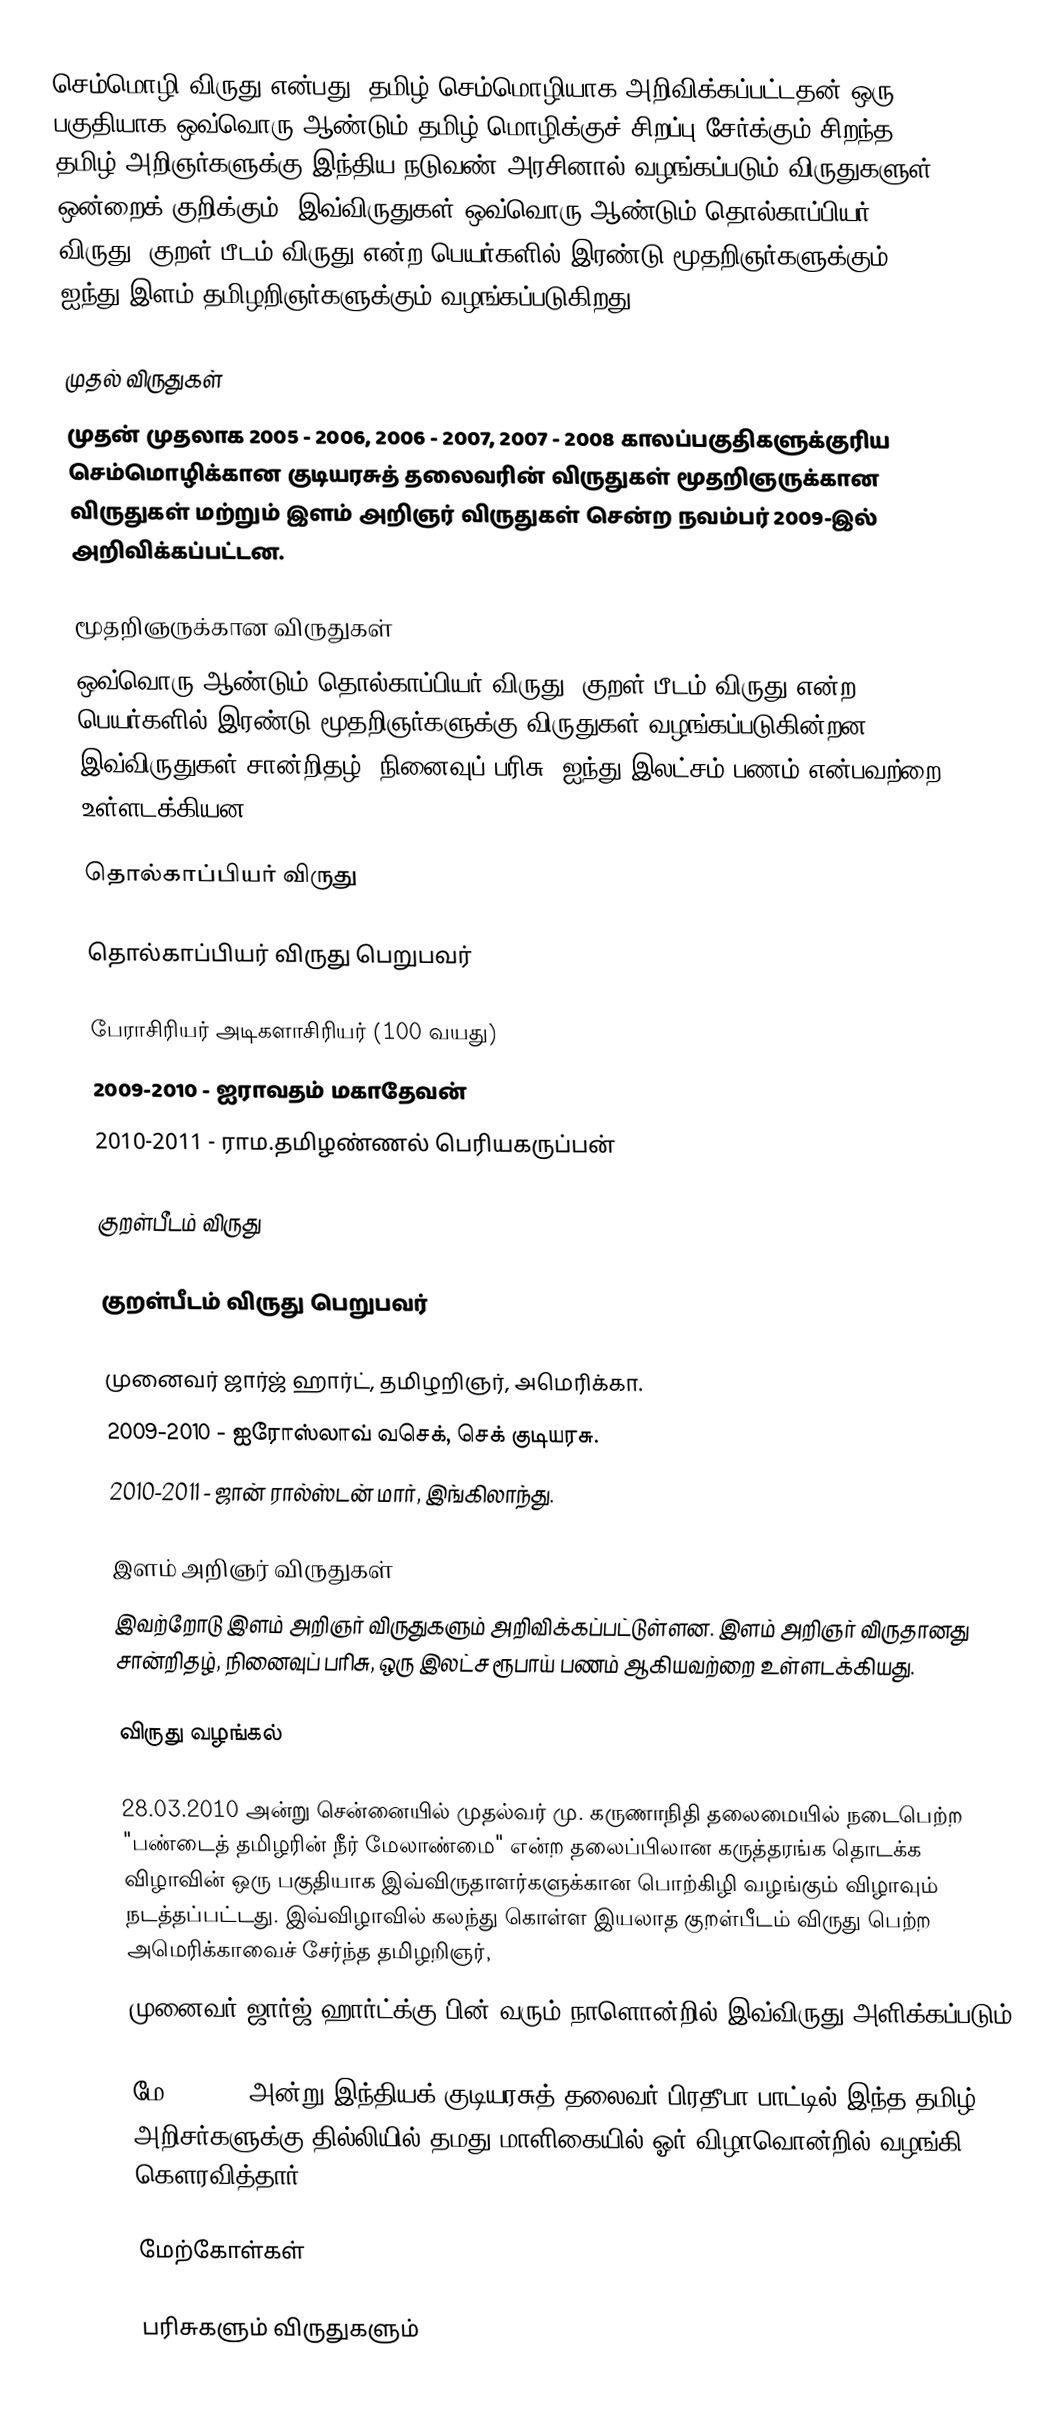
செம்மொழி விருது என்பது, தமிழ் செம்மொழியாக அறிவிக்கப்பட்டதன் ஒரு பகுதியாக ஒவ்வொரு ஆண்டும் தமிழ் மொழிக்குச் சிறப்பு சேர்க்கும் சிறந்த தமிழ் அறிஞர்களுக்கு இந்திய நடுவண் அரசினால் வழங்கப்படும் விருதுகளுள் ஒன்றைக் குறிக்கும். இவ்விருதுகள் ஒவ்வொரு ஆண்டும் தொல்காப்பியர் விருது, குறள் பீடம் விருது என்ற பெயர்களில் இரண்டு மூதறிஞர்களுக்கும், ஐந்து இளம் தமிழறிஞர்களுக்கும் வழங்கப்படுகிறது.

முதல் விருதுகள்
முதன் முதலாக 2005 - 2006, 2006 - 2007, 2007 - 2008 காலப்பகுதிகளுக்குரிய செம்மொழிக்கான குடியரசுத் தலைவரின் விருதுகள் மூதறிஞருக்கான விருதுகள் மற்றும் இளம் அறிஞர் விருதுகள் சென்ற நவம்பர் 2009-இல் அறிவிக்கப்பட்டன.

மூதறிஞருக்கான விருதுகள்
ஒவ்வொரு ஆண்டும் தொல்காப்பியர் விருது, குறள் பீடம் விருது என்ற பெயர்களில் இரண்டு மூதறிஞர்களுக்கு  விருதுகள் வழங்கப்படுகின்றன. இவ்விருதுகள் சான்றிதழ், நினைவுப் பரிசு, ஐந்து இலட்சம் பணம் என்பவற்றை உள்ளடக்கியன.

தொல்காப்பியர் விருது

தொல்காப்பியர் விருது பெறுபவர்

 பேராசிரியர் அடிகளாசிரியர் (100 வயது)
 2009-2010 - ஐராவதம் மகாதேவன்
 2010-2011 - ராம.தமிழண்ணல் பெரியகருப்பன்

குறள்பீடம் விருது

குறள்பீடம் விருது பெறுபவர்

 முனைவர் ஜார்ஜ் ஹார்ட், தமிழறிஞர், அமெரிக்கா.
 2009-2010 - ஐரோஸ்லாவ் வசெக், செக் குடியரசு.
 2010-2011 - ஜான் ரால்ஸ்டன் மார், இங்கிலாந்து.

இளம் அறிஞர் விருதுகள்
இவற்றோடு இளம் அறிஞர் விருதுகளும் அறிவிக்கப்பட்டுள்ளன. இளம் அறிஞர் விருதானது சான்றிதழ், நினைவுப் பரிசு, ஒரு இலட்ச ரூபாய் பணம் ஆகியவற்றை உள்ளடக்கியது.

விருது வழங்கல்

28.03.2010 அன்று சென்னையில் முதல்வர் மு. கருணாநிதி தலைமையில் நடைபெற்ற "பண்டைத் தமிழரின் நீர் மேலாண்மை" என்ற தலைப்பிலான கருத்தரங்க தொடக்க விழாவின் ஒரு பகுதியாக இவ்விருதாளர்களுக்கான பொற்கிழி வழங்கும் விழாவும் நடத்தப்பட்டது. இவ்விழாவில் கலந்து கொள்ள இயலாத குறள்பீடம் விருது பெற்ற அமெரிக்காவைச் சேர்ந்த தமிழறிஞர்,
முனைவர் ஜார்ஜ் ஹார்ட்க்கு பின் வரும் நாளொன்றில் இவ்விருது அளிக்கப்படும்.

மே 6, 2011 அன்று இந்தியக் குடியரசுத் தலைவர் பிரதீபா பாட்டில்  இந்த தமிழ் அறிசர்களுக்கு தில்லியில் தமது மாளிகையில் ஓர் விழாவொன்றில் வழங்கி கௌரவித்தார்.  [

மேற்கோள்கள்

பரிசுகளும் விருதுகளும்